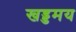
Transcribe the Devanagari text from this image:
खड्डमय